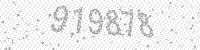
Solution: 919878